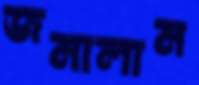
জমালাম